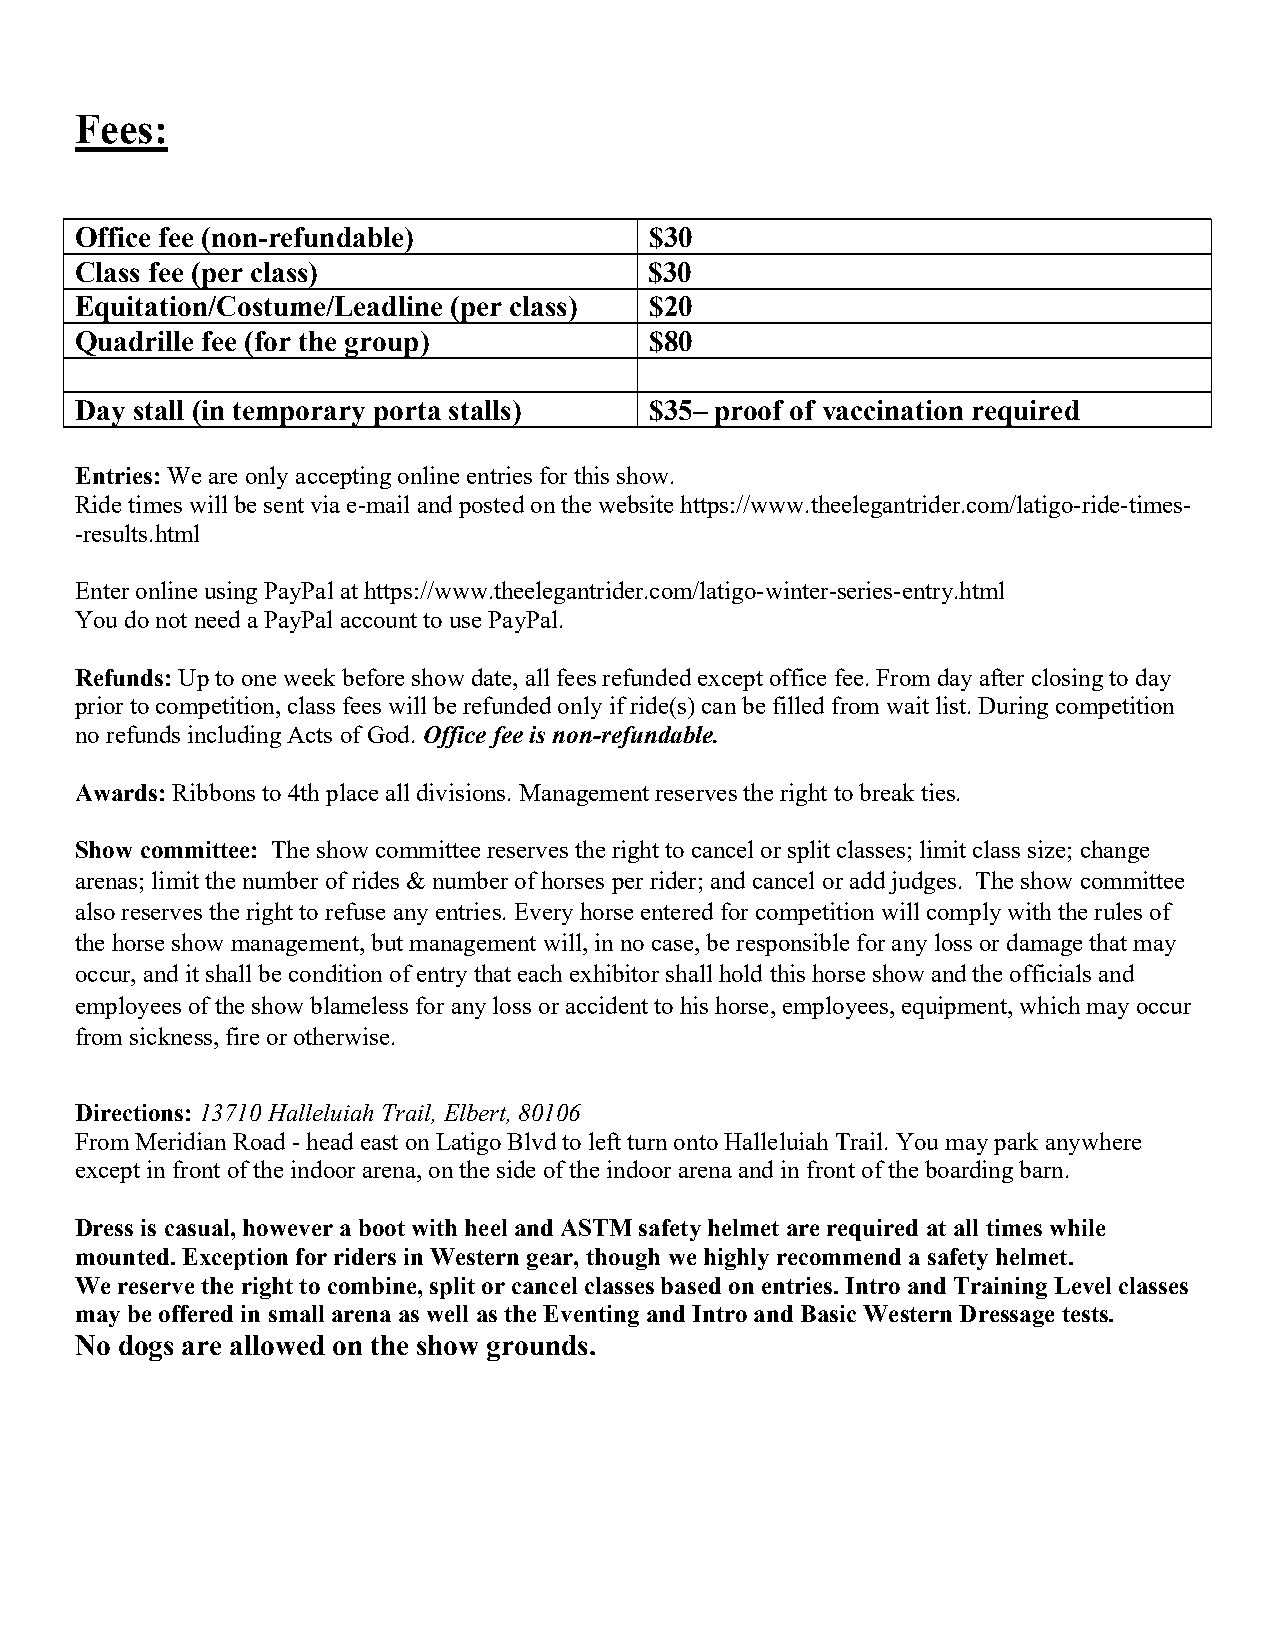
Fees:
 Office fee (non-refundable)           $30
 Class fee (per class)                 $30
 Equitation/Costume/Leadline (per class) $20
 Quadrille fee (for the group)         $80
 Day stall (in temporary porta stalls) $35– proof of vaccination required
 Entries: We are only accepting online entries for this show.
 Ride times will be sent via e-mail and posted on the website https://www.theelegantrider.com/latigo-ride-times-
 -results.html
 Enter online using PayPal at https://www.theelegantrider.com/latigo-winter-series-entry.html
 You do not need a PayPal account to use PayPal.
 Refunds: Up to one week before show date, all fees refunded except office fee. From day after closing to day
 prior to competition, class fees will be refunded only if ride(s) can be filled from wait list. During competition
 no refunds including Acts of God. Office fee is non-refundable.
 Awards: Ribbons to 4th place all divisions. Management reserves the right to break ties.
 Show committee: The show committee reserves the right to cancel or split classes; limit class size; change
 arenas; limit the number of rides & number of horses per rider; and cancel or add judges. The show committee
 also reserves the right to refuse any entries. Every horse entered for competition will comply with the rules of
 the horse show management, but management will, in no case, be responsible for any loss or damage that may
 occur, and it shall be condition of entry that each exhibitor shall hold this horse show and the officials and
 employees of the show blameless for any loss or accident to his horse, employees, equipment, which may occur
 from sickness, fire or otherwise.
 Directions: 13710 Halleluiah Trail, Elbert, 80106
 From Meridian Road - head east on Latigo Blvd to left turn onto Halleluiah Trail. You may park anywhere
 except in front of the indoor arena, on the side of the indoor arena and in front of the boarding barn.
 Dress is casual, however a boot with heel and ASTM safety helmet are required at all times while
 mounted. Exception for riders in Western gear, though we highly recommend a safety helmet.
 We reserve the right to combine, split or cancel classes based on entries. Intro and Training Level classes
 may be offered in small arena as well as the Eventing and Intro and Basic Western Dressage tests.
 No dogs are allowed on the show grounds.